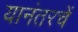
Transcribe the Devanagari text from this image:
यानंतरचें